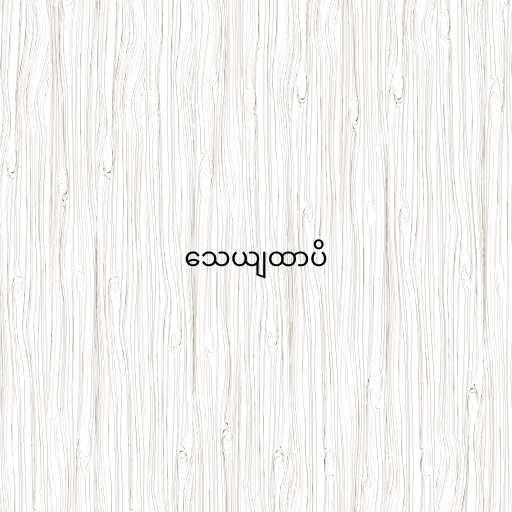
သေယျထာပိ